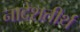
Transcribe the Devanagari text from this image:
नादेशतीर्थ